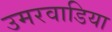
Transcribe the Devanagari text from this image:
उमरवाडिया